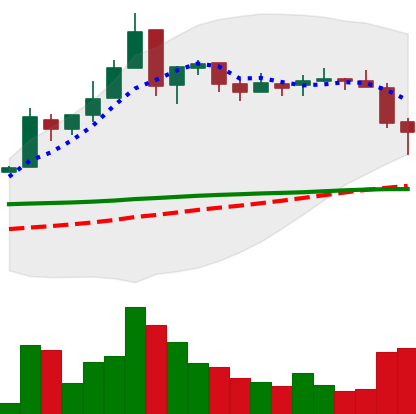
Ticker: EOS-USD
Chart end date: 2018-05-12
Forward return: -12.792%
Label: down_7plus